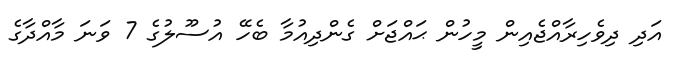
އަދި ދިވެހިރާއްޖެއިން މީހުން ޙައްޖަށް ގެންދިއުމާ ބެހޭ އުސޫލުގެ 7 ވަނަ މާއްދާގެ